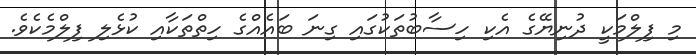
މި ފިލްމަކީ ދުނިޔޭގެ އެކި ހިސާބުތަކުގައި ގިނަ ބައެއްގެ ހިތްތަކާއި ކުޅެލި ފިލްމެކެވެ.